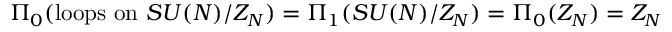
\Pi _ { 0 } ( \mathrm { l o o p s ~ o n } ~ S U ( N ) / Z _ { N } ) = \Pi _ { 1 } ( S U ( N ) / Z _ { N } ) = \Pi _ { 0 } ( Z _ { N } ) = Z _ { N }